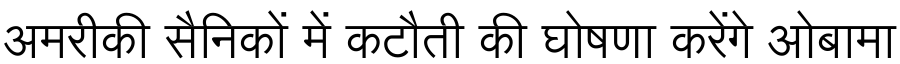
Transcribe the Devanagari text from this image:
अमरीकी सैनिकों में कटौती की घोषणा करेंगे ओबामा